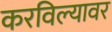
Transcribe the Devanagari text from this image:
करविल्यावर